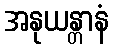
အနုယန္တာနံ